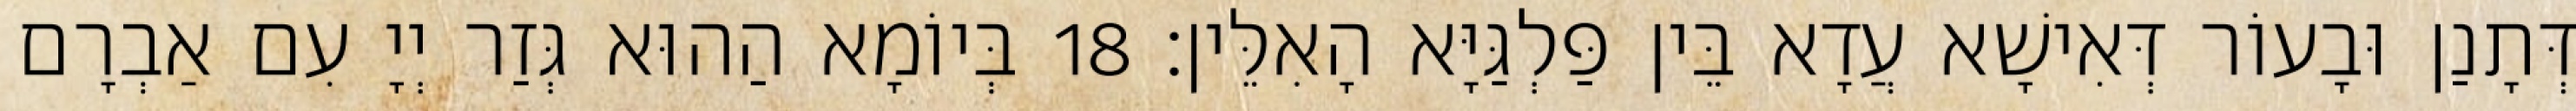
דְּתָנַן וּבָעוֹר דְּאִישָׁא עֲדָא בֵּין פַּלְגַּיָּא הָאִלֵּין׃ 18 בְּיוֹמָא הַהוּא גְּזַר יְיָ עִם אַבְרָם